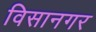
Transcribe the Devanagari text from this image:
विसानगर